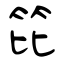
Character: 笓